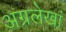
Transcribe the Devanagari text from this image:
अग्रलेखां